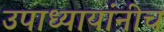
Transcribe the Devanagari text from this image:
उपाध्यायांनीच